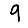
Digit: 9